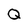
Character: Q